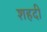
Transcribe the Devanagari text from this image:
शहदी